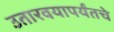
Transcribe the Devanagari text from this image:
उतारवयापर्यंतचे